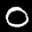
Label: 0